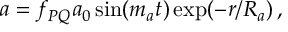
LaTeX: a = f _ { P Q } a _ { 0 } \sin ( m _ { a } t ) \exp ( - r / R _ { a } ) \, ,